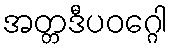
အတ္တဒီပဝဂ္ဂေါ